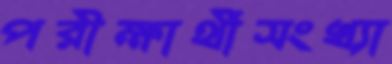
পরীক্ষার্থীসংখ্যা